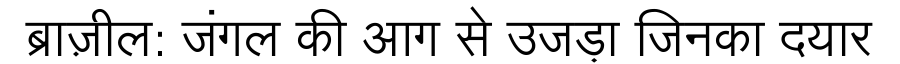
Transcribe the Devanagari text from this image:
ब्राज़ील: जंगल की आग से उजड़ा जिनका दयार